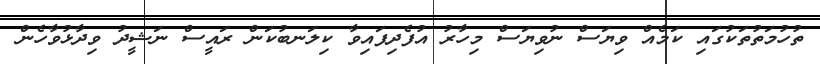
ތުހުމަތުތަކުގައި ކަމެއް ވިޔަސް ނުވިޔަސް މިހާރު އުފެދިފައިވާ ކިލަނބުކަން ރައީސް ނަޝީދު ވިދާޅުވާހެން